Indian journal of veterinary science and animal husbandry - Volumes 15-17, 1948-1951
Year: 1948
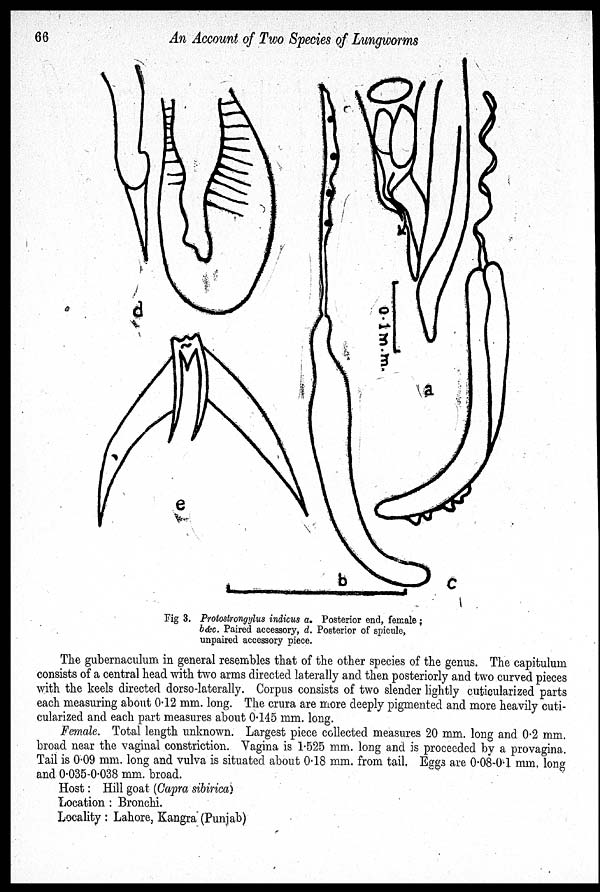
66
An Account of Two Species of Lungworms
Fig 3. Protostrongylus indicus a. Posterior end, female;
b&c. Paired accessory, d. Posterior of spicule,
unpaired accessory piece.
The gubernaculum in general resembles that of the other species of the genus. The capitulum
consists of a central head with two arms directed laterally and then posteriorly and two curved pieces
with the keels directed dorso-laterally. Corpus consists of two slender lightly cuticularized parts
each measuring about 0.12 mm. long. The crura are more deeply pigmented and more heavily cuti-
cularized and each part measures about 0.145 mm. long.
Female. Total length unknown. Largest piece collected measures 20 mm. long and 0.2 mm.
broad near the vaginal constriction. Vagina is 1.525 mm. long and is proceeded by a provagina.
Tail is 0.09 mm. long and vulva is situated about 0.18 mm. from tail. Eggs are 0.08-0.1 mm. long
and 0.035-0.038 mm. broad.
Host: Hill goat (Capra sibirica)
Location: Bronchi.
Locality: Lahore, Kangra (Punjab)